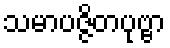
သမာပဇ္ဇိတပုဗ္ဗာ